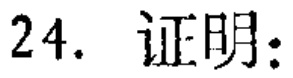
24. 证明：